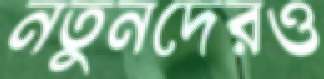
নতুনদেরও